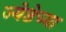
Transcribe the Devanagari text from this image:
ज्येष्ठेच्या